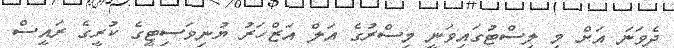
ދެވަނަ އަށް މި ލިސްޓުގައިވަނީ މިސްރުގެ އަލް އަޒްހަރު ޔުނިވަސިޓީގެ ކުރީގެ ރައީސް